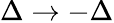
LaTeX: \Delta\rightarrow-\Delta